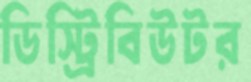
ডিস্ট্রিবিউটর